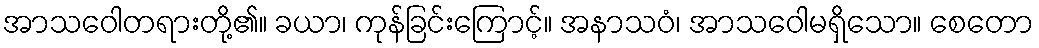
အာသဝေါတရားတို့၏။ ခယာ၊ ကုန်ခြင်းကြောင့်။ အနာသဝံ၊ အာသဝေါမရှိသော။ စေတော